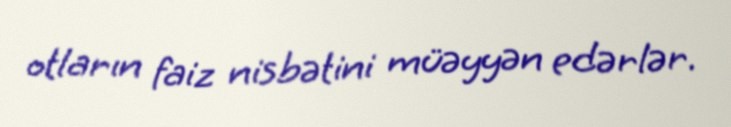
otların faiz nisbətini müəyyən edərlər.